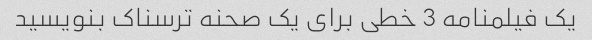
یک فیلمنامه 3 خطی برای یک صحنه ترسناک بنویسید